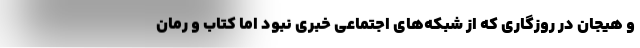
و هیجان در روزگاری که از شبکه‌های اجتماعی خبری نبود اما کتاب و رُمان